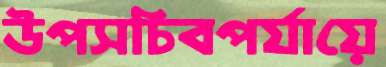
উপসচিবপর্যায়ে